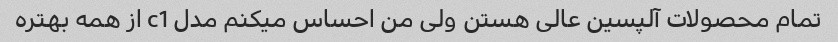
تمام محصولات آلپسین عالی هستن ولی من احساس میکنم مدل c1 از همه بهتره